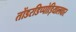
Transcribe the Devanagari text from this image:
तोंडरडिप्पोड़ियालवार